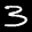
Label: 3